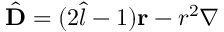
{ \hat { \mathbf { D } } } = ( 2 { \hat { l } } - 1 ) \mathbf { r } - r ^ { 2 } { \boldsymbol { \nabla } }